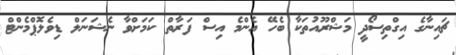
ޗައިނާގެ އިގްތިސޯދީ މަޝްރޫއުތަކާ ބެހޭ އެންމެ އިސް ފަރާތް ކަމަށްވާ ނެޝަނަލް ޑިވެލޮޕްމެންޓް